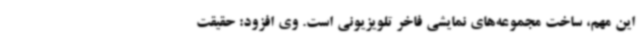
این مهم، ساخت مجموعه‌های نمایشی فاخر تلویزیونی است. وی افزود: حقیقت